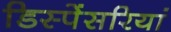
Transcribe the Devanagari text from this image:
डिस्पेंसरियां